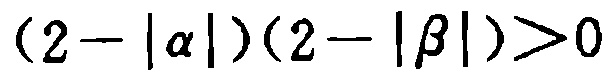
\((2 - |\alpha|)(2 - |\beta|)>0\)